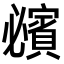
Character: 𧸈